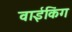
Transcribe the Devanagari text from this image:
वाईकिंग